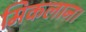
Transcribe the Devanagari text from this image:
मिकलान।